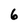
Character: 6